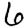
Digit: 6